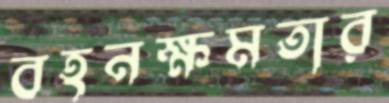
বহনক্ষমতার